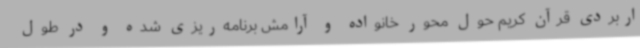
اربردی قرآن کریم حول محور خانواده و آرامش برنامه‌ریزی شده و در طول